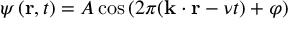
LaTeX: \psi \left( { \mathbf { r } } , t \right) = A \cos \left( 2 \pi ( { \mathbf { k } } \cdot { \mathbf { r } } - \nu t ) + \varphi \right)